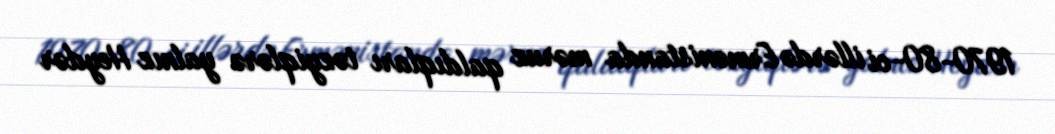
1970-80-ci illərdə Ermənistanda məruz qaldıqları təzyiqlərə yalnız Heydər